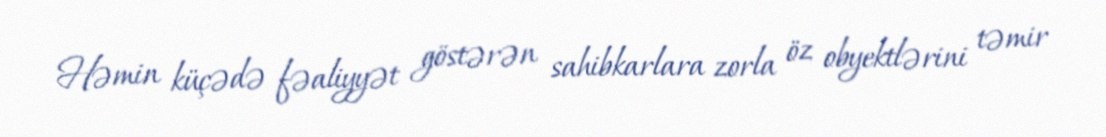
Həmin küçədə fəaliyyət göstərən sahibkarlara zorla öz obyektlərini təmir